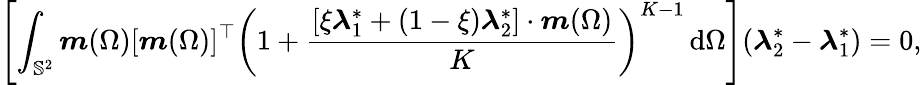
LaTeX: \left[\int_{\mathbb{S}^{2}}\boldsymbol{m}(\Omega)[\boldsymbol{m}(\Omega)]^{\top}\left(1+\frac{[\xi\boldsymbol{\lambda}_{1}^{*}+(1-\xi)\boldsymbol{\lambda}_{2}^{*}]\cdot\boldsymbol{m}(\Omega)}{K}\right)^{K-1}\, \mathrm{d}\Omega\right](\boldsymbol{\lambda}_{2}^{*}-\boldsymbol{\lambda}_{1}^{*})=0,